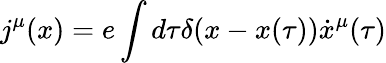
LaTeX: j^{\mu}(x)=e\int{d\tau\delta(x-x(\tau))\dot{x}^{\mu}(\tau)}